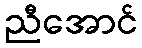
ညီအောင်